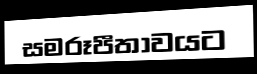
සමරූපීතාවයට